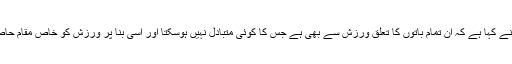
ماہرین نے کہا ہے کہ ان تمام باتوں کا تعلق ورزش سے بھی ہے جس کا کوئی متبادل نہیں ہوسکتا اور اسی بنا پر ورزش کو خاص مقام حاصل ہے۔